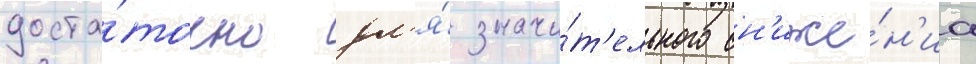
доста́точно дл'я́ значи́т'ельного сн'иже́н'иа